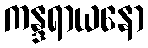
ကန္ဒရာယနော